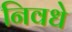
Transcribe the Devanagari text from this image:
निवधे